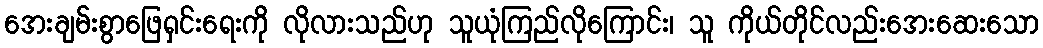
အေးချမ်းစွာဖြေရှင်းရေးကို လိုလားသည်ဟု သူယုံကြည်လိုကြောင်း၊ သူ ကိုယ်တိုင်လည်းအေးဆေးသော